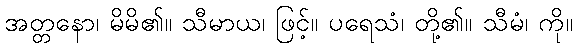
အတ္တနော၊ မိမိ၏။ သီမာယ၊ ဖြင့်။ ပရေသံ၊ တို့၏။ သီမံ၊ ကို။